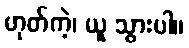
ဟုတ်ကဲ့၊ ယူ သွားပါ။